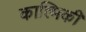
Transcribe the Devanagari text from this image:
काल्मिकी